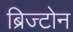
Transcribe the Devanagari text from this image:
ब्रिज्टोन